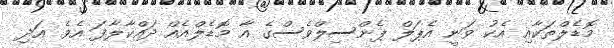
މޮޑެލްތަކާއި އެކު ވަނީ އެޕަލް ޕެންސިލްވެސްގެ އާ މޮޑެލްއެއް ދައްކާލާފަ އެވެ. އަދި